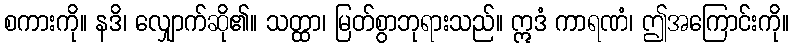
စကားကို။ နဒိ၊ လျှောက်ဆို၏။ သတ္ထာ၊ မြတ်စွာဘုရားသည်။ ဣဒံ ကာရဏံ၊ ဤအကြောင်းကို။